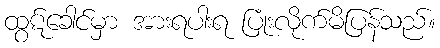
ထွဋ်ခေါင်မှာ အားရပါးရ ပြုံးလိုက်မိပြန်သည်။